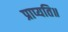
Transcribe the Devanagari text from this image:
प्राप्यति॥